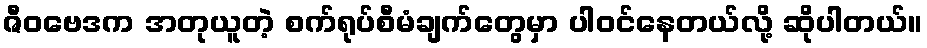
ဇီဝဗေဒက အတုယူတဲ့ စက်ရုပ်စီမံချက်တွေမှာ ပါဝင်နေတယ်လို့ ဆိုပါတယ်။